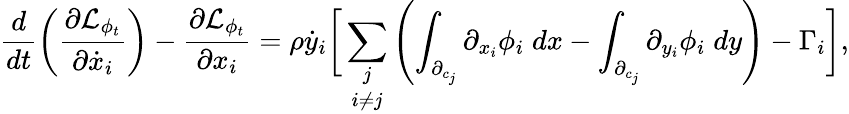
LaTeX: \frac{d}{dt}\left(\frac{\partial\mathcal{L}_{\phi_{t}}}{\partial\dot{x}_{i}}\right)-\frac{\partial\mathcal{L}_{\phi_{t}}}{\partial x_{i}}=\rho\dot{y}_{i}\biggr[\underset{i\neq j}{\sum_{j}}\left(\int_{\partial_{c_{j}}}\partial_{x_{i}}\phi_{i}\; dx-\int_{\partial_{c_{j}}}\partial_{y_{i}}\phi_{i}\; dy\right)-\Gamma_{i}\biggr],